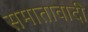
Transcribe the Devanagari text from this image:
समातावादी